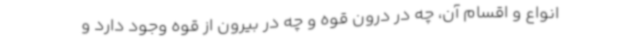
انواع و اقسام آن، چه در درون قوه و چه در بیرون از قوه وجود دارد و